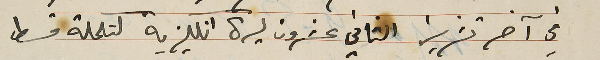
في آخر تشرين الثاني عشرون ليرة انكليزية لتكملة قسط